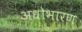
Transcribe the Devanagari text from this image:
अधोभारण